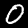
Digit: 0